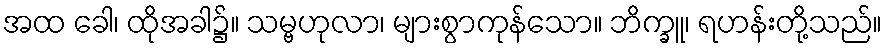
အထ ခေါ၊ ထိုအခါ၌။ သမ္ဗဟုလာ၊ များစွာကုန်သော။ ဘိက္ခူ၊ ရဟန်းတို့သည်။